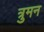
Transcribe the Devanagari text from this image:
त्रुमन